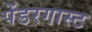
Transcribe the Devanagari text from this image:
पेंडरगास्ट